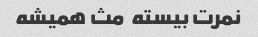
نمرت بیسته  مث همیشه